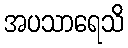
အပသာရေသိ